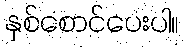
နှစ်စောင်ပေးပါ။